Voisiku_vallavalitsus, lk 118
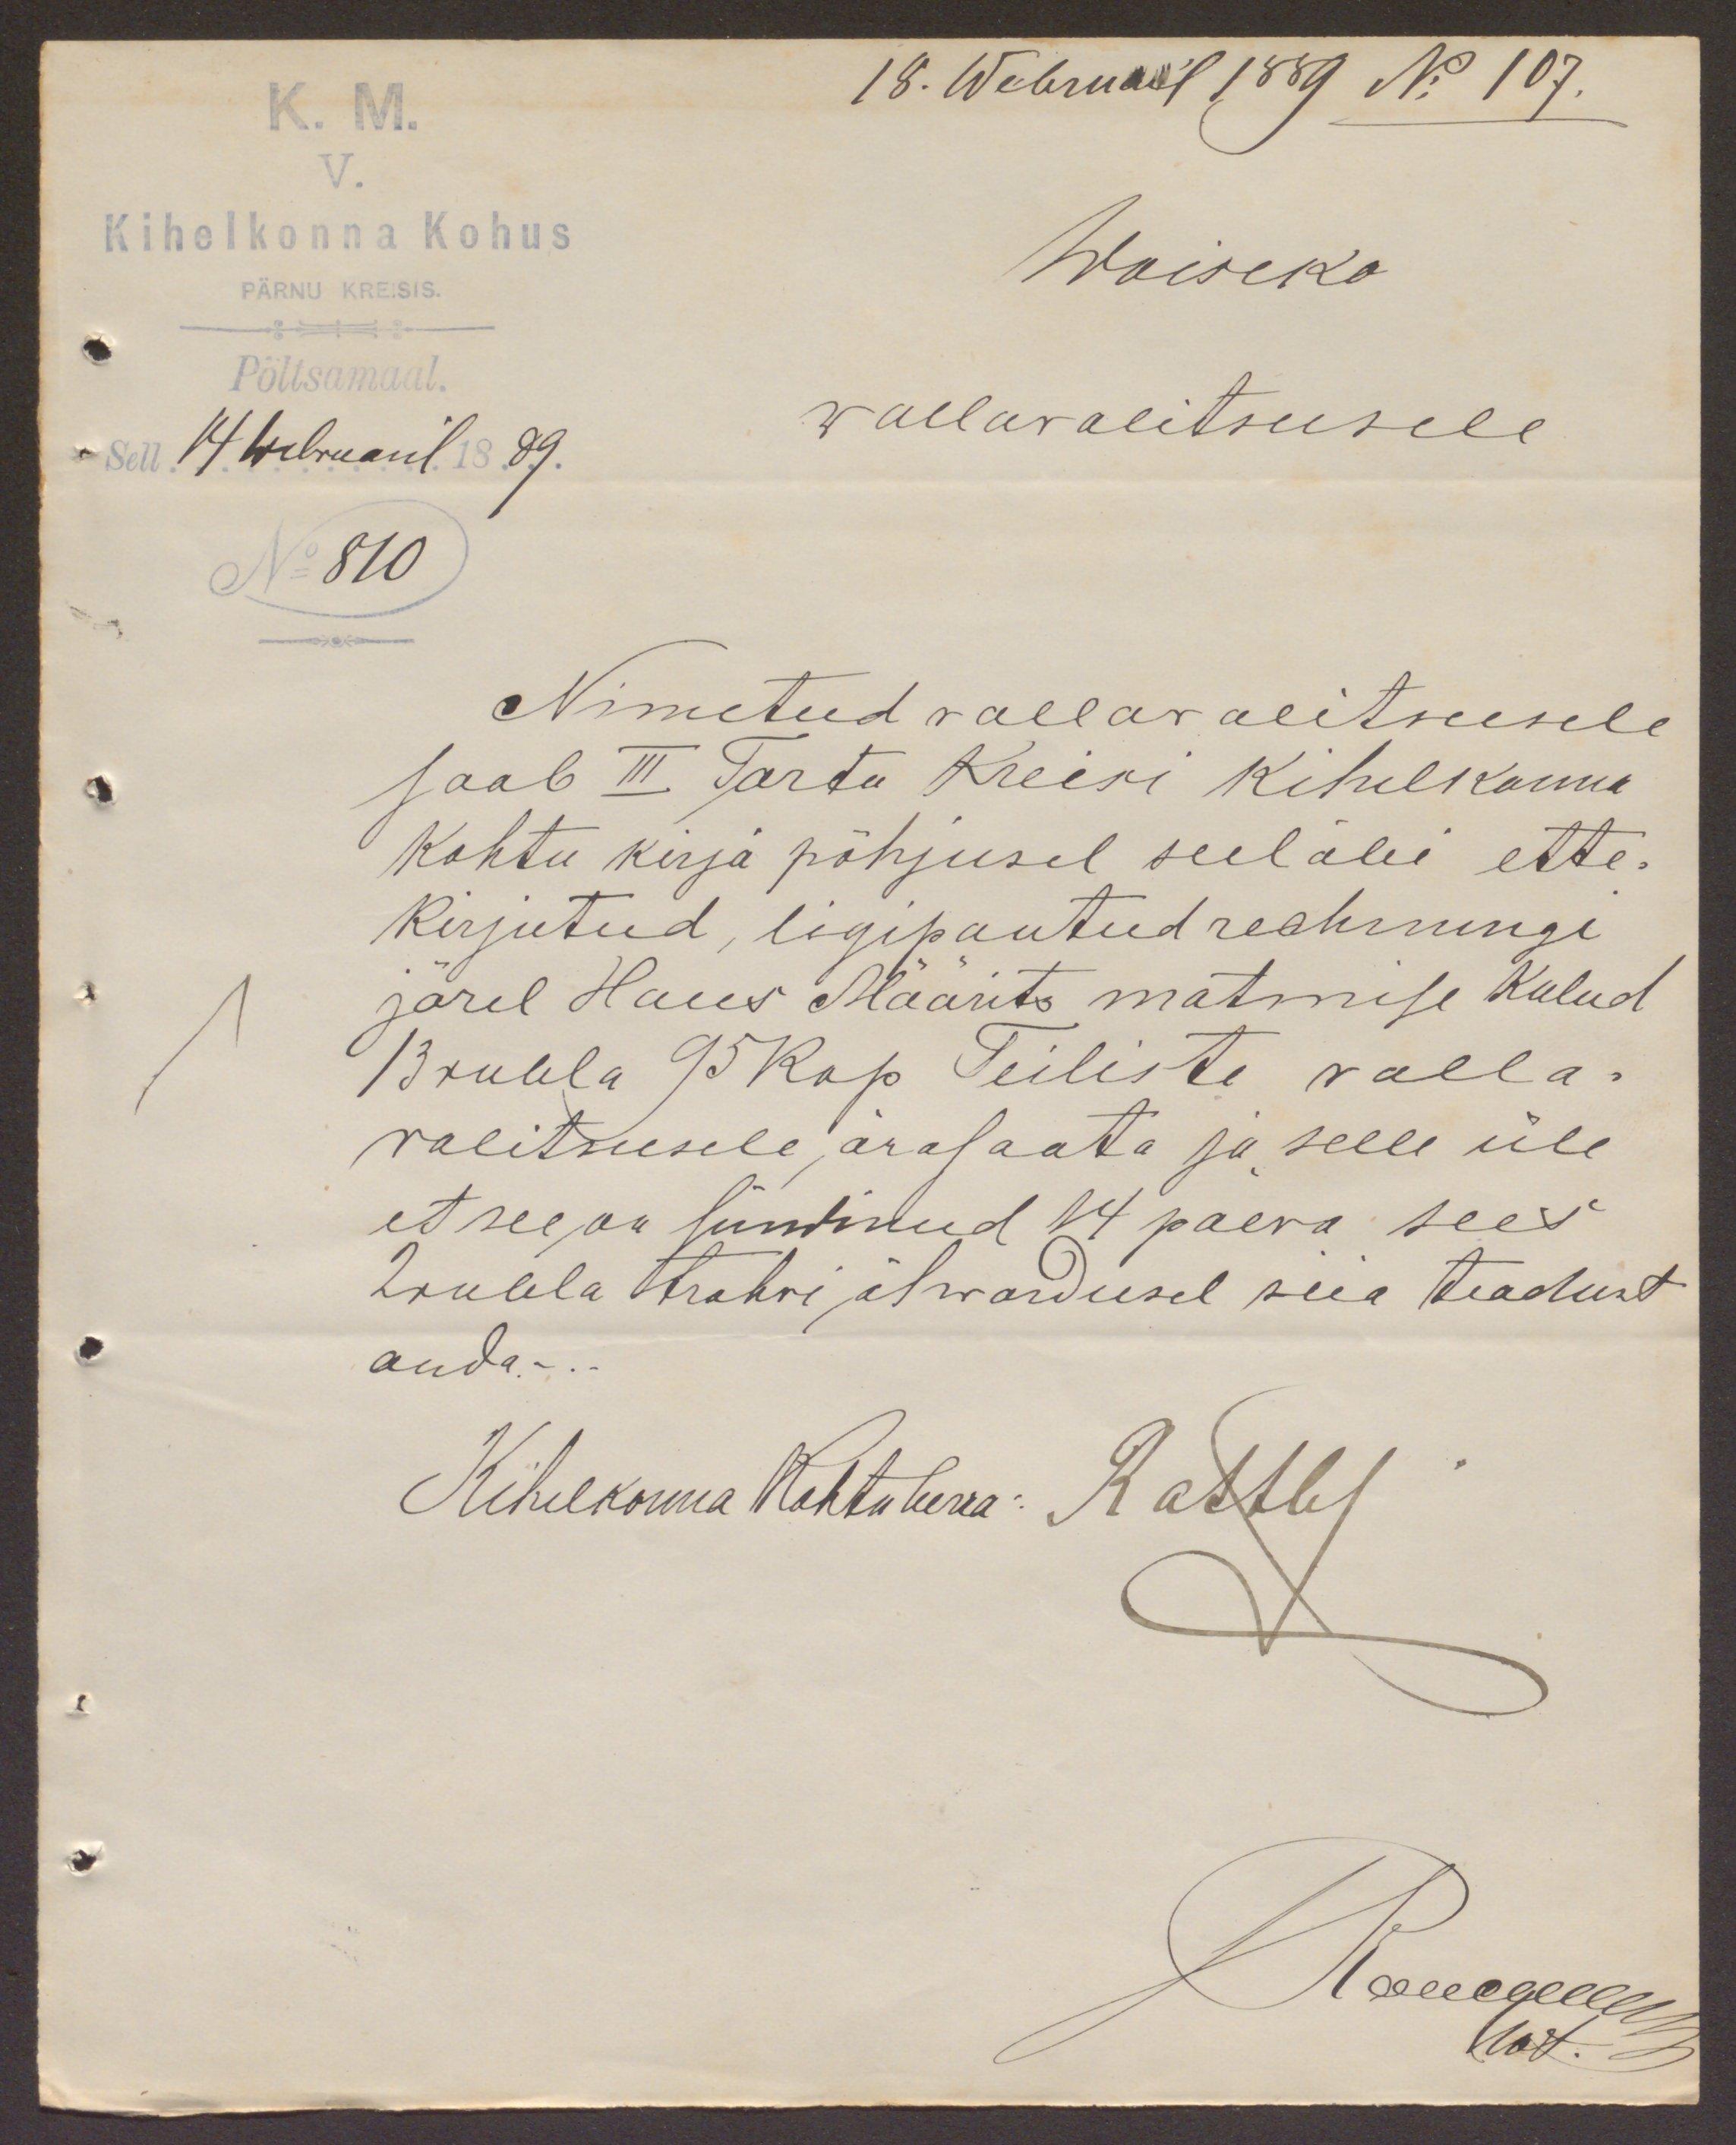
K. M.
18. Webruar 1889 No 107.
V.
Kihelkonna Kohus
Woiseko
PÄRNU KREISIS
Põltsamaal.
wallawalitsusele
Sell 14 Webruaril 1889.
No 810
Nimetud vallavalitsusele
saab III Tartu Kreisi kihelkonna
kohtu kirja põhjusel seelälei ette-
kirjutud, ligipantud rechnungi
järel Hans Määrits matmise kulud
13 rubla 95 Kop Teiliste valla-
valitsusele ära saata ja selle üle
et see on sündinud 14 päeva sees
2 rubla trahvi ähwardusel siia teadust
anda.-
Kihelkonna Kohtuherra: Rattby
Лелоцедия
kot